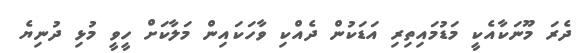
ދެރަ މޫނަކާއެކީ މަޑުމައިތިރި އަޑަކުން ދެއްކި ވާހަކައިން މަލާކަށް ހީވީ މުޅި ދުނިޔެ